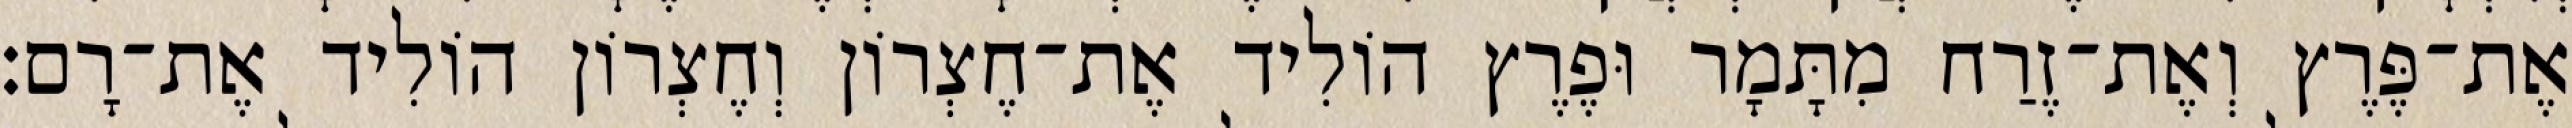
אֶת־פֶּרֶץ וְאֶת־זֶרַח מִתָּמָר וּפֶרֶץ הוֹלִיד אֶת־חֶצְרוֹן וְחֶצְרוֹן הוֹלִיד אֶת־רָם׃